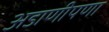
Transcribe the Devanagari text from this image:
अडाणीपणा